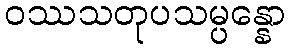
ဝဿသတုပသမ္ပန္နော